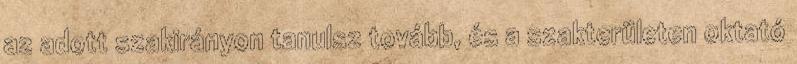
az adott szakirányon tanulsz tovább, és a szakterületen oktató